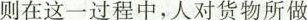
则在这一过程中，人对货物所做